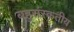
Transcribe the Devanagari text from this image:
बहुसंस्कृतीय